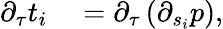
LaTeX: \begin{array}{rl}{\partial_{\tau}t_{i}}&{{}=\partial_{\tau}\left(\partial_{s_{i}}p\right),}\end{array}